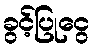
ခွင့်ပြုငွေ